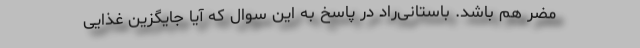
مضر هم باشد. باستانی‌راد در پاسخ به این سوال که آیا جایگزین غذایی